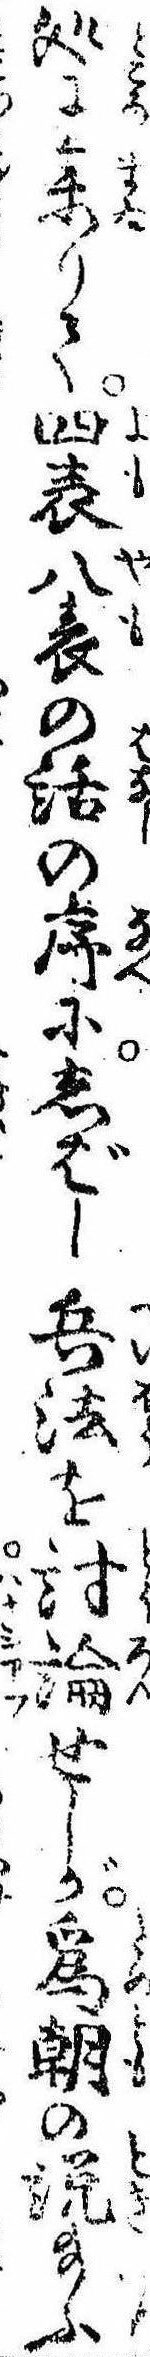
処に参りて四表八表の話の序にしばし兵法を討論せしが為朝の説給ふ